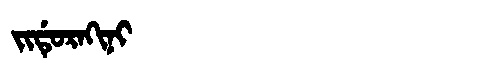
Manchu: ᠵᡳᡩᡠᡵᠠᡴᡳᠨᡳ
Romanization: JIDURAKINI